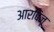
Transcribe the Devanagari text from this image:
आरबिज़ू